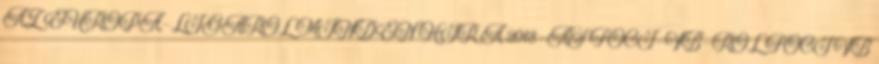
AZ EURÓPA-LIGÁRÓL MINDEN HÍR A 2018-AS FOCI-VB-RŐL FOCI VB